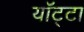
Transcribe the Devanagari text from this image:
यॉट्टा